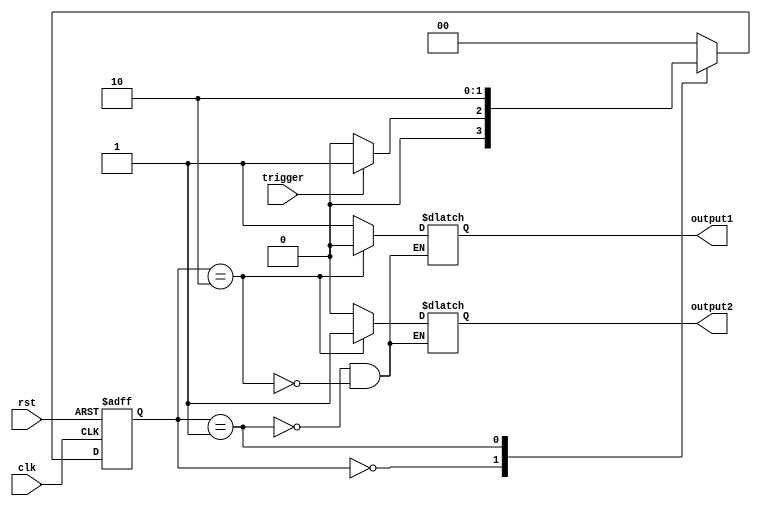
module mealy_state_machine (
    input clk,
    input rst,
    input trigger,
    output reg output1,
    output reg output2
);

// State definitions
parameter WAIT_STATE = 2'b00;
parameter STATE1 = 2'b01;
parameter STATE2 = 2'b10;

// State and outputs registers
reg [1:0] state_reg, next_state_reg;

// Next state logic
always @ (posedge clk or posedge rst) begin
    if (rst) begin
        state_reg <= WAIT_STATE;
    end else begin
        state_reg <= next_state_reg;
    end
end

// Output logic
always @ (state_reg, trigger) begin
    case (state_reg)
        WAIT_STATE: begin
            // Wait state logic
            if (trigger) begin
                next_state_reg = STATE1;
            end else begin
                next_state_reg = WAIT_STATE;
            end
        end
        STATE1: begin
            // State1 logic
            output1 = 1'b1; // Change output1 based on logic
            output2 = 1'b0; // Change output2 based on logic
            next_state_reg = STATE2;
        end
        STATE2: begin
            // State2 logic
            output1 = 1'b0; // Change output1 based on logic
            output2 = 1'b1; // Change output2 based on logic
            next_state_reg = WAIT_STATE;
        end
        default: begin
            next_state_reg = WAIT_STATE;
        end
    endcase
end

endmodule